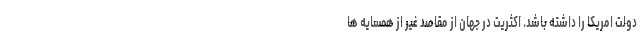
دولت امریکا را داشته باشد. اکثریت در جهان از مقاصد غیر از همسایه ها